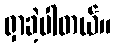
ရှာခဲ့ပါတယ်။